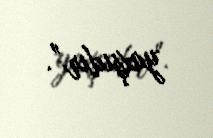
yaxşıdır”.